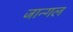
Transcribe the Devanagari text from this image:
जान्गल